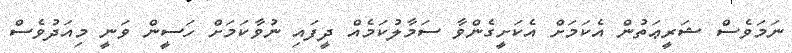
ނަމަވެސް ޝަރީޢަތުން އެކަމަށް އެކަށީގެންވާ ސަމާލުކަމެއް ދީފައި ނުވާކަމަށް ހަސީން ވަނީ މިއަދުވެސް